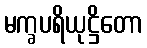
မက္ခပရိယုဋ္ဌိတော